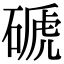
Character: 磃